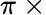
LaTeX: \pi~\times